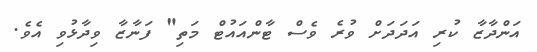
އަންދާޒާ ކުރި އަދަދަށް ވުރެ ވެސް ޓާންއައުޓް މަތި" ފަނާޒާ ވިދާޅުވި އެވެ.